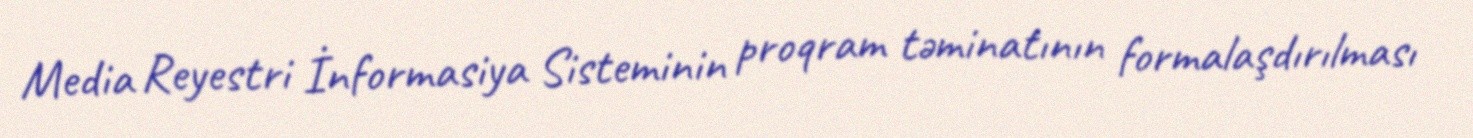
Media Reyestri İnformasiya Sisteminin proqram təminatının formalaşdırılması